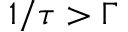
1 / \tau > \Gamma